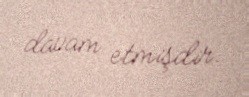
davam etmişdir.